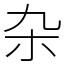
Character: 杂